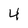
Character: 4